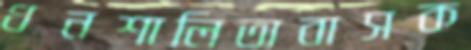
ধনশালিতাবাসক